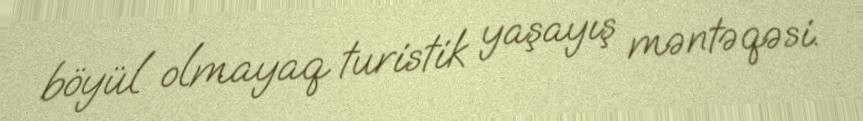
böyül olmayaq turistik yaşayış məntəqəsi.